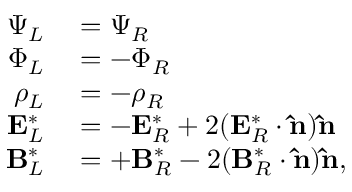
\begin{array} { r l } { \Psi _ { L } } & { { } = \Psi _ { R } } \\ { \Phi _ { L } } & { { } = - \Phi _ { R } } \\ { \rho _ { L } } & { { } = - \rho _ { R } } \\ { \mathbf { E } _ { L } ^ { * } } & { { } = - \mathbf { E } _ { R } ^ { * } + 2 ( \mathbf { E } _ { R } ^ { * } \cdot \mathbf { \hat { n } } ) \mathbf { \hat { n } } } \\ { \mathbf { B } _ { L } ^ { * } } & { { } = + \mathbf { B } _ { R } ^ { * } - 2 ( \mathbf { B } _ { R } ^ { * } \cdot \mathbf { \hat { n } } ) \mathbf { \hat { n } } , } \end{array}